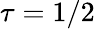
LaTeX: \tau=1/2